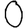
Digit: 0